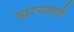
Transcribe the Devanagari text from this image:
खरवडली